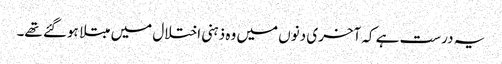
یہ درست ہے کہ آخری دنوں میں وہ ذہنی اختلال میں مبتلا ہوگئے تھے۔